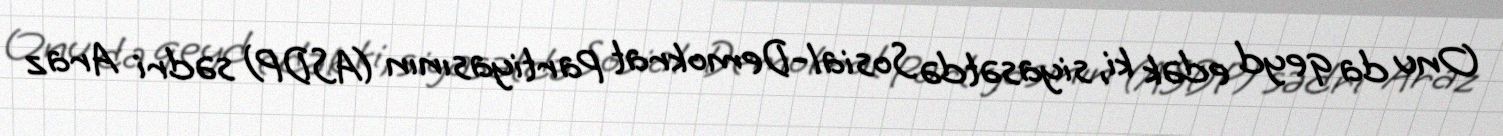
Onu da qeyd edək ki, siyasətdə Sosial-Demokrat Partiyasının (ASDP) sədri Araz